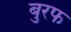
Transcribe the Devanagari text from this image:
बुरफ